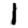
Digit: 1